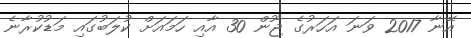
އޭނާ 2017 ވަނަ އަހަރުގެ ޖޫން 30 އާއި ހަމައަށް ކުލަބުގައި މަޑުކުރާނެ